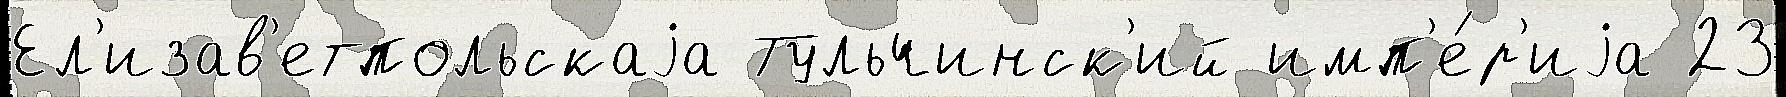
Ел'изав'етпольскаjа Тульчинск'ий имп'е́р'иjа 23